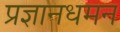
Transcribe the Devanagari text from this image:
प्रज्ञानधमन